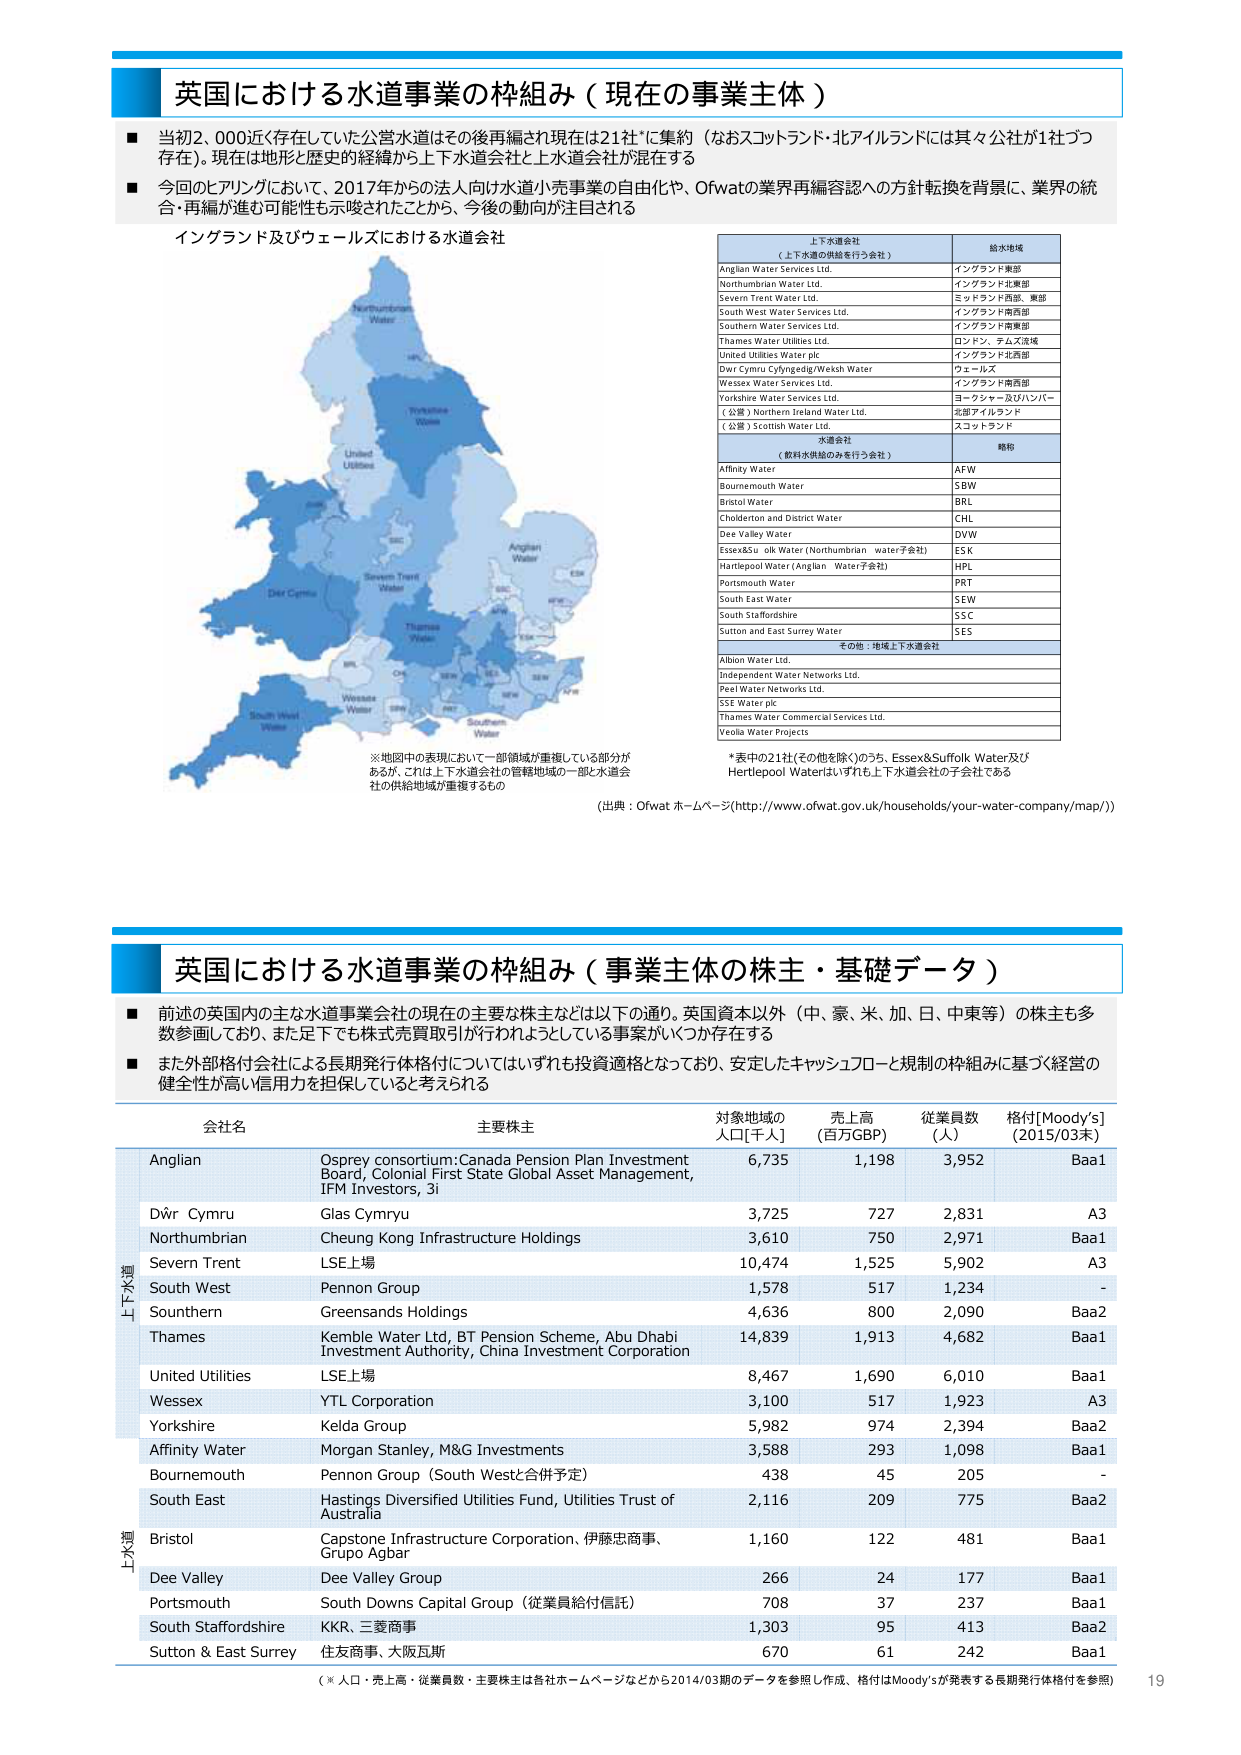
英国における水道事業の枠組み（現在の事業主体）

■ 当初2,000近く存在していた公営水道はその後再編され現在は21社*に集約（なおスコットランド・北アイルランドには其々公社が1社づつ存在）。現在は地形と歴史的経緯から上下水道会社と上水道会社が混在する

■ 今回のヒアリングにおいて、2017年からの法人向け水道小売事業の自由化や、Ofwatの業界再編容認への方針転換を背景に、業界の統合・再編が進む可能性も示唆されたことから、今後の動向が注目される

イングランド及びウェールズにおける水道会社

上下水道会社
（上下水道の供給を行う会社）
給水地域
Anglian Water Services Ltd.
イングランド東部
Northumbrian Water Ltd.
イングランド北東部
Severn Trent Water Ltd.
ミッドランド西部、東部
South West Water Services Ltd.
イングランド南西部
Southern Water Services Ltd.
イングランド南東部
Thames Water Utilities Ltd.
ロンドン、テムズ流域
United Utilities Water plc
イングランド北西部
Dwr Cymru Cyfyngedig/Welsh Water
ウェールズ
Wessex Water Services Ltd.
イングランド南部
Yorkshire Water Services Ltd.
ヨークシャー及びハンバー
（公営）Northern Ireland Water Ltd.
北部アイルランド
（公営）Scottish Water Ltd.
スコットランド

水道会社
（飲料水供給のみを行う会社）
略称
Affinity Water
AFW
Bournemouth Water
SBW
Bristol Water
BRL
Cholderton and District Water
CHL
Dee Valley Water
DVW
Essex&Suffolk Water (Northumbrian water子会社)
ESK
Hartlepool Water (Anglian Water子会社)
HPL
Portsmouth Water
PRT
South East Water
SEW
South Staffordshire
SSC
Sutton and East Surrey Water
SES

その他：地域上下水道会社
Albion Water Ltd.
Independent Water Networks Ltd.
Peel Water Networks Ltd.
SSE Water plc
Thames Water Commercial Services Ltd.
Veolia Water Projects

※地図中の表現において一部領域が重複している部分があるが、これは上下水道会社の管轄地域の一部と水道会社の供給地域が重複するもの

*表中の21社(その他を除く)のうち、Essex&Suffolk Water及びHertlepool Waterはいずれも上下水道会社の子会社である

(出典：Ofwat ホームページ(http://www.ofwat.gov.uk/households/your-water-company/map/))

英国における水道事業の枠組み（事業主体の株主・基礎データ）

■ 前述の英国内の主な水道事業会社の現在の主要な株主などは以下の通り。英国資本以外（中、豪、米、加、日、中東等）の株主も多数参画しており、また足下でも株式売買取引が行われようとしている事案がいくつか存在する

■ また外部格付会社による長期発行体格付についてはいずれも投資適格となっており、安定したキャッシュフローと規制の枠組みに基づく経営の健全性が高い信用力を担保していると考えられる

会社名 主要株主 対象地域の人口[千人] 売上高（百万GBP） 従業員数（人） 格付[Moody’s]（2015/03末）

上下水道
Anglian Osprey consortium: Canada Pension Plan Investment Board, Colonial First State Global Asset Management, IFM Investors, 3i 6,735 1,198 3,952 Baa1
Dŵr Cymru Glas Cymru 3,725 727 2,831 A3
Northumbrian Cheung Kong Infrastructure Holdings 3,610 750 2,971 Baa1
Severn Trent LSE上場 10,474 1,525 5,902 A3
South West Pennon Group 1,578 517 1,234 -
Sounthern Greensands Holdings 4,636 800 2,090 Baa2
Thames Kemble Water Ltd, BT Pension Scheme, Abu Dhabi Investment Authority, China Investment Corporation 14,839 1,913 4,682 Baa1
United Utilities LSE上場 8,467 1,690 6,010 Baa1
Wessex YTL Corporation 3,100 517 1,923 A3
Yorkshire Kelda Group 5,982 974 2,394 Baa2
Affinity Water Morgan Stanley, M&G Investments 3,588 293 1,098 Baa1
Bournemouth Pennon Group (South Westと合併予定) 438 45 205 -
South East Hastings Diversified Utilities Fund, Utilities Trust of Australia 2,116 209 775 Baa2

上水道
Bristol Capstone Infrastructure Corporation、伊藤忠商事、Grupo Agbar 1,160 122 481 Baa1
Dee Valley Dee Valley Group 266 24 177 Baa1
Portsmouth South Downs Capital Group（従業員給付信託） 708 37 237 Baa1
South Staffordshire KKR、三菱商事 1,303 95 413 Baa2
Sutton & East Surrey 住友商事、大阪瓦斯 670 61 242 Baa1

（※人口・売上高・従業員数・主要株主は各社ホームページなどから2014/03期のデータを参照し作成、格付はMoody’sが発表する長期発行体格付を参照）

19